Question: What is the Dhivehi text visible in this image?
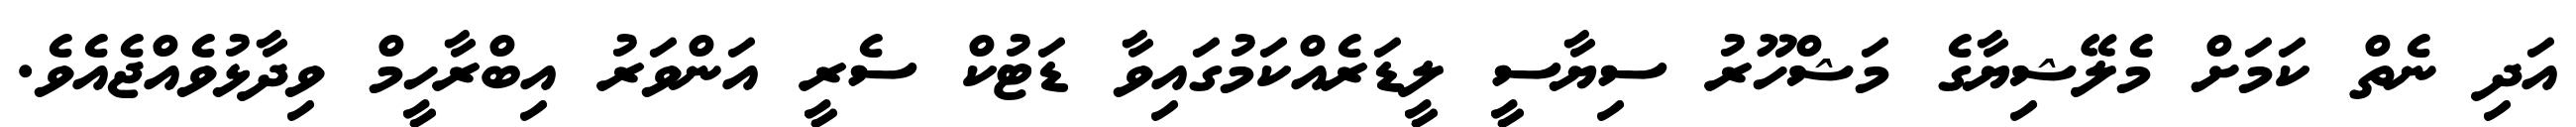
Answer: އަދި ނެތް ކަމަށް މެލޭޝިޔާގެ މަޝްހޫރު ސިޔާސީ ލީޑަރެއްކަމުގައިވާ ޑަޓުކް ސެރީ އަންވަރު އިބްރާހީމް ވިދާޅުވެއްޖެއެވެ.